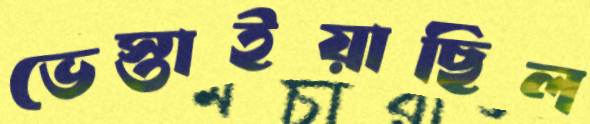
ভেস্তাইয়াছিল